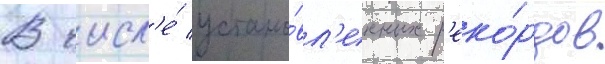
В числ'е́ устано́вл'енных р'еко́рдов